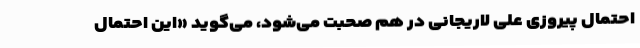
احتمال پیروزی علی لاریجانی در هم صحبت می‌شود، می‌گوید «این احتمال